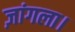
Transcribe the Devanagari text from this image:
ज़ांगला।